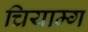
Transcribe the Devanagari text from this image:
चियाम्ग